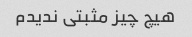
هیچ چیز مثبتی ندیدم